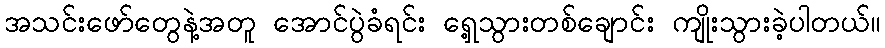
အသင်းဖော်တွေနဲ့အတူ အောင်ပွဲခံရင်း ရှေ့သွားတစ်ချောင်း ကျိုးသွားခဲ့ပါတယ်။